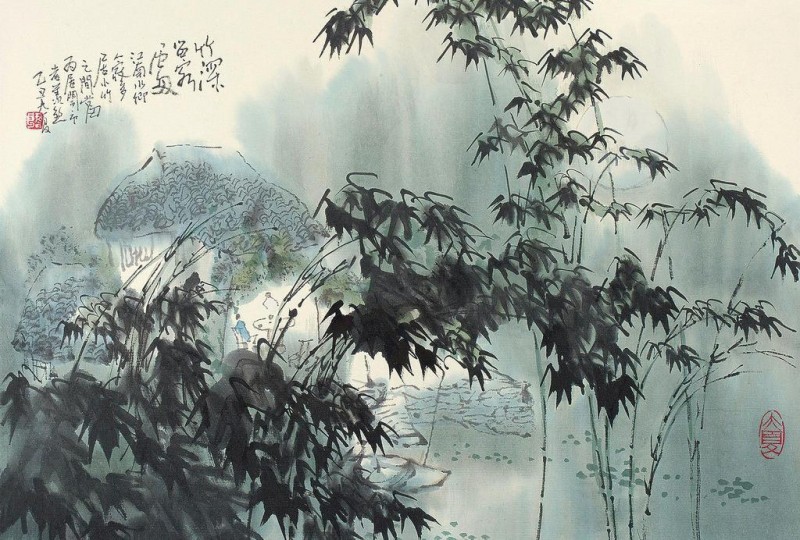
绿竹入幽径，青萝拂行衣。